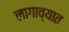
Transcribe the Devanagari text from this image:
लागाव्यात